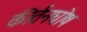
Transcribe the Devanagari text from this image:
कीर्तनघोष